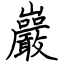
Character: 巖